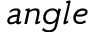
a n g l e